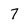
Character: 7